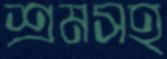
শ্রমসহ